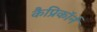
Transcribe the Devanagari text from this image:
कैप्रिकॉर्न